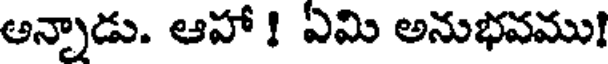
అన్నాడు. ఆహా ! ఏమి అనుభవము!